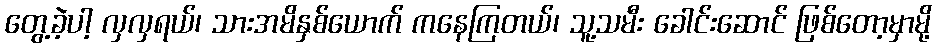
တွေ့ခဲ့ပါ့ လှလှရယ်၊ သားအမိနှစ်ယောက် ကနေကြတယ်၊ သူ့သမီး ခေါင်းဆောင် ဖြစ်တော့မှာမို့